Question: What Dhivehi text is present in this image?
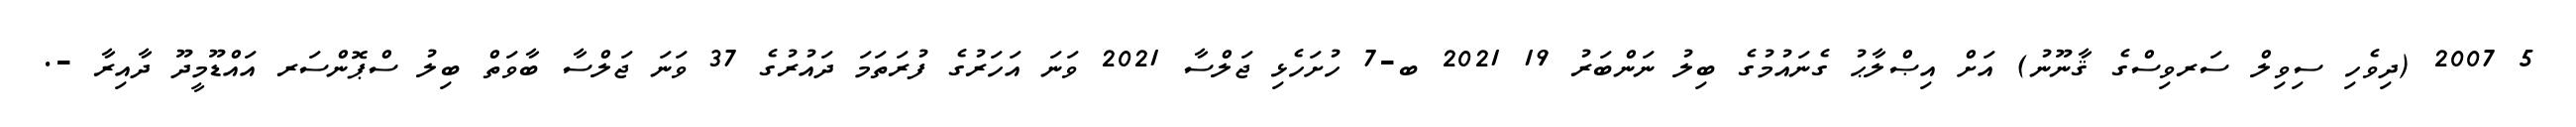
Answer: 5 2007 (ދިވެހި ސިވިލް ސަރވިސްގެ ޤާނޫނު) އަށް އިޞްލާޙު ގެނައުމުގެ ބިލު ނަންބަރު 19 2021 ބ-7 ހުށަހެޅި ޖަލްސާ 2021 ވަނަ އަހަރުގެ ފުރަތަމަ ދައުރުގެ 37 ވަނަ ޖަލްސާ ބާވަތް ބިލު ސްޕޮންސަރ އައްޑޫމީދޫ ދާއިރާ -.